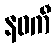
နဝကီ